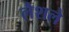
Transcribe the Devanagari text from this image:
लैशले